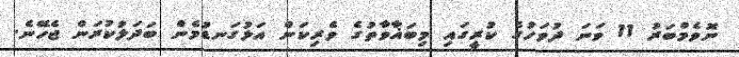
ނޮވެމްބަރު 11 ވަނަ ދުވަހުގެ ކުރީގައި މިބަޣާވާތުގެ ވެރިކަން އަޅުގަނޑުމެން ބަދަލުކުރަން ޖެހޭނެ.